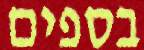
בספים